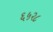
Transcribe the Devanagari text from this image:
६५२८